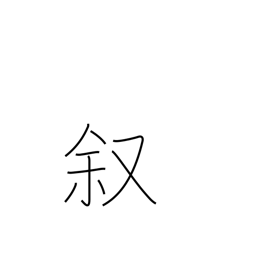
Meaning: narrate